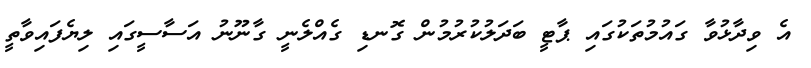
އެ ވިދާޅުވާ ގައުމުތަކުގައި ޕާޓީ ބަދަލުކުރުމުން ގޮނޑި ގެއްލެނީ ގާނޫނު އަސާސީގައި ލިޔެފައިވާތީ